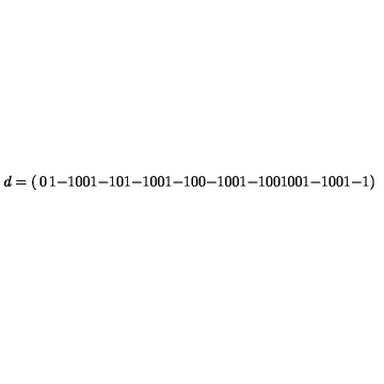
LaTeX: d = \left( \begin{matrix} { 0 } & { 1 } & { - 1 } & { 0 } & { 0 } & { 1 } & { - 1 } & { 0 } \\ { 1 } & { - 1 } & { 0 } & { 0 } & { 1 } & { - 1 } & { 0 } & { 0 } \\ { - 1 } & { 0 } & { 0 } & { 1 } & { - 1 } & { 0 } & { 0 } & { 1 } \\ { 0 } & { 0 } & { 1 } & { - 1 } & { 0 } & { 0 } & { 1 } & { - 1 } \\ \end{matrix} \right)